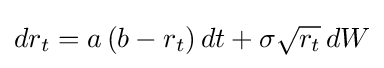
dr_{t}=a\left(b-r_{t}\right)dt+\sigma {\sqrt {r_{t}}}\,dW